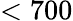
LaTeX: <700